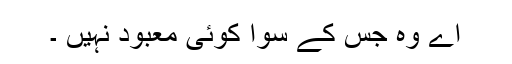
اے وہ جس کے سوا کوئی معبود نہیں ۔